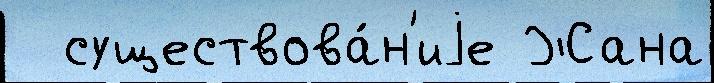
  существова́н'иjе Жана